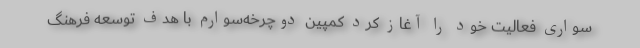
سواری فعالیت خود را آغاز کرد کمپین دوچرخه‌سوارم با هدف توسعه فرهنگ